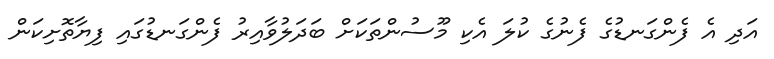
އަދި އެ ފެންގަނޑުގެ ފެނުގެ ކުލަ އެކި މޫސުންތަކަށް ބަދަލުވާއިރު ފެންގަނޑުގައި ފިޔާތޮށިކަން